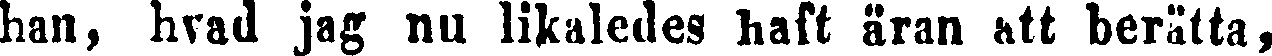
han, hvad jag nu likaledes haft äran att berätta,